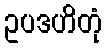
ဥပဒဟိတုံ